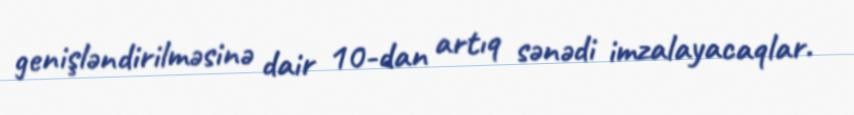
genişləndirilməsinə dair 10-dan artıq sənədi imzalayacaqlar.